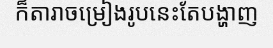
ក៏តារាចម្រៀងរូបនេះតែបង្ហាញ